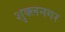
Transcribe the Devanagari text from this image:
शुक्लनगर